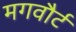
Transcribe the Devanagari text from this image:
मगवौर्ट